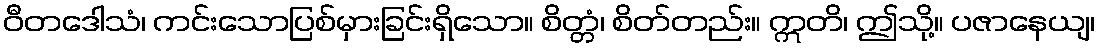
ဝီတဒေါသံ၊ ကင်းသောပြစ်မှားခြင်းရှိသော။ စိတ္တံ၊ စိတ်တည်း။ ဣတိ၊ ဤသို့။ ပဇာနေယျ၊